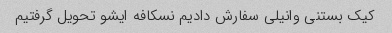
کیک بستنی وانیلی سفارش دادیم نسکافه ایشو تحویل گرفتیم